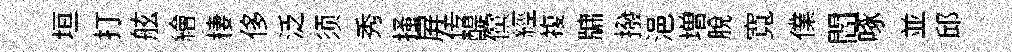
垣打舷繪棲侈泛须秀搔屛传醍儻經複牗撥浥増脫寬㒒閻啄並邱